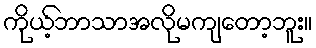
ကိုယ့်ဘာသာအလိုမကျတော့ဘူး။